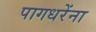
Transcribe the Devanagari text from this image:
पागधरेंना